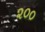
૨૦૦